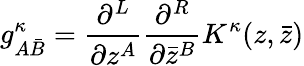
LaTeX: g_{A{\bar{B}}}^{\kappa}=\frac{\partial^{L}}{\partial z^{A}}\frac{\partial^{R}}{\partial{\bar{z}}^{B}}K^{\kappa}(z,{\bar{z}})